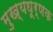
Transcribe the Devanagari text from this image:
मुख्यघूर्णक